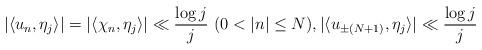
LaTeX: \begin{align*} |\langle u_n, \eta_j \rangle|=|\langle \chi_n, \eta_j \rangle| \ll \frac{\log j}{j} ~ (0<|n| \leq N), |\langle u_{\pm (N+1)}, \eta_j \rangle| \ll \frac{\log j}{j}\end{align*}